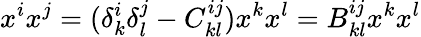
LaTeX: x^{i}x^{j}=(\delta_{k}^{i}\delta_{l}^{j}-C_{kl}^{ij})x^{k}x^{l}=B_{kl}^{ij}x^{k}x^{l}